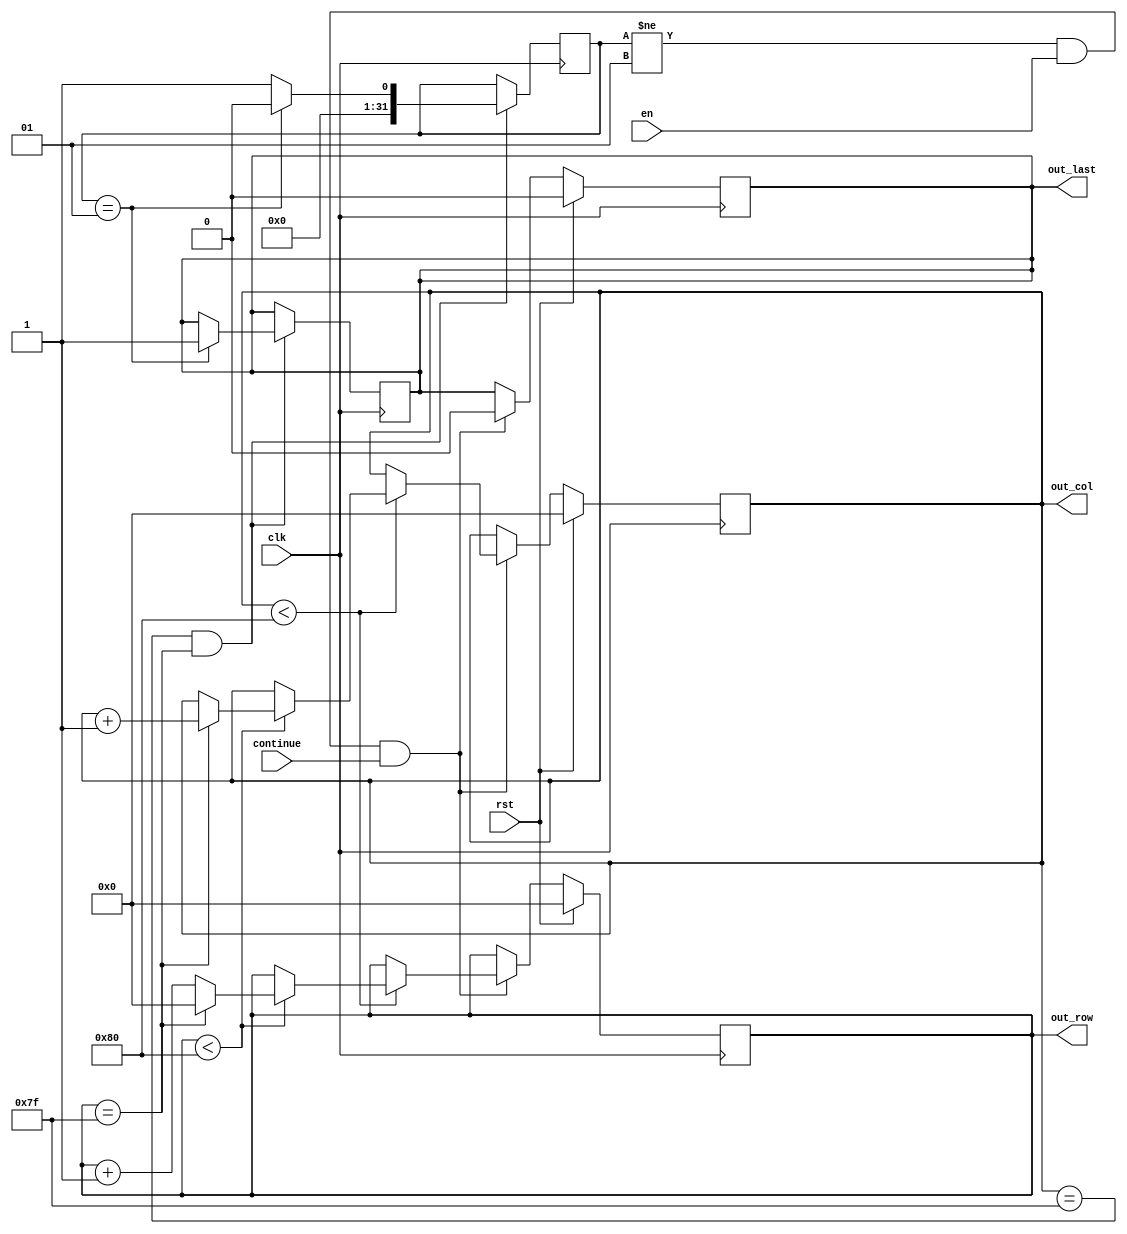
`timescale 1ns / 1ps
//////////////////////////////////////////////////////////////////////////////////
// Company: 
// Engineer: 
// 
// Design Name: 
// Module Name: decoder_control
// Project Name: 
// Target Devices: 
// Tool Versions: 
// Description: 
// 
// Dependencies: 
// 
// Revision:
// Revision 0.01 - File Created
// Additional Comments:
// 
//////////////////////////////////////////////////////////////////////////////////


module decoder_control(
en, clk, rst, out_row, out_col, out_last, continue
    );
    input en;
    input clk;
    input rst;
    input continue;
    output reg out_last;
    output reg [6:0] out_col, out_row;
    //reg [6:0] count_col;
    //reg [6:0] count_row;
    
    //wire out_col;
    //wire out_row;
    
    
    //integer i;
    //integer j;
    integer check_last = 1'b0;
    //wire cont;
    
    //assign cont = continue;
    
    
    
    always @(posedge clk)
    begin
    if (rst == 1'b1)
    begin
    out_col <= 0;
    out_row <= 0;
    out_last <= 1'b0;
    //count_col <= 0;
    //count_row <= 0;
    end
    
    
    
    else if (check_last!=1 && en==1'b1 && continue==1'b1)
    begin
    out_last = 0;
     
    if(out_col<128)
    begin 
    if (out_row<128)
    begin
    
    if (out_row==127)
    begin
    //count_col = count_col + 1;
    out_col = out_col + 1;
    //count_row = 0;
    out_row =0;
    end
    else
    begin
    out_row = out_row + 1;  
    //count_row = count_row + 1;
    end
    end
    end
    end
    end
    
   
    
    always @(posedge clk)
    begin
    if (out_col == 127 & out_row == 127)
    begin
    
    if (check_last==1)
    begin
    out_last = 1;
    check_last = 0;
    end
    else
    begin
    check_last = 1;
    
    end
    
    end
    end
    
   
    
endmodule